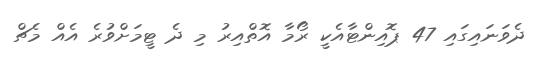
ދެވަނައިގައި 47 ޕޮއިންޓާއެކީ ރޯމާ އޮތްއިރު މި ދެ ޓީމަށްވުރެ އެއް މެޗް